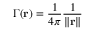
\Gamma ( \mathbf { r } ) = { \frac { 1 } { 4 \pi } } { \frac { 1 } { \| \mathbf { r } \| } }